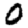
Digit: 0